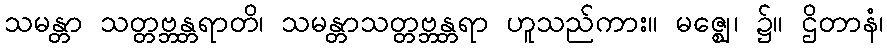
သမန္တာ သတ္တဗ္ဘန္တရာတိ၊ သမန္တာသတ္တဗ္ဘန္တရာ ဟူသည်ကား။ မဇ္ဈေ၊ ၌။ ဌိတာနံ၊